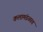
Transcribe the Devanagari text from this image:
कलामंडळात